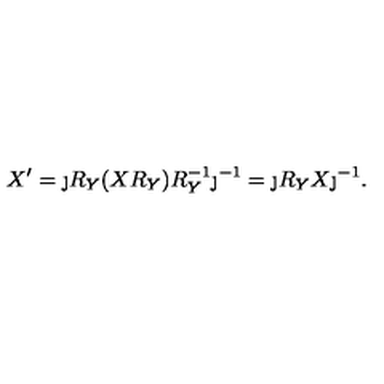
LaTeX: X ^ { \prime } = \j R _ { Y } ( X R _ { Y } ) R _ { Y } ^ { - 1 } \j ^ { - 1 } = \j R _ { Y } X \j ^ { - 1 } .